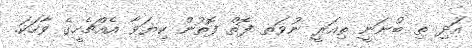
އަދި ތި ބުނަނީ ތިއަރީ ނުވަތ ފޮތް ފޮތުން ކިޔަވާ އެއްޗެހީގެ ވާހަކަ.